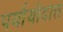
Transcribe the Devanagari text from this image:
पर्यायोदात्त